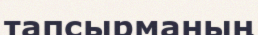
тапсырманың